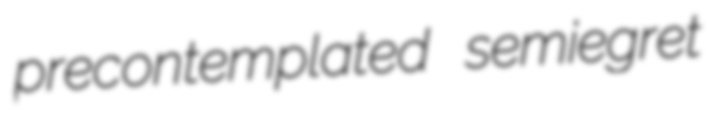
precontemplated semiegret